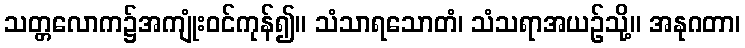
သတ္တလောက၌အကျုံးဝင်ကုန်၍။ သံသာရသောတံ၊ သံသရာအယဉ်သို့။ အနုဂတာ၊